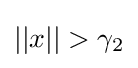
||x||>\gamma _{2}